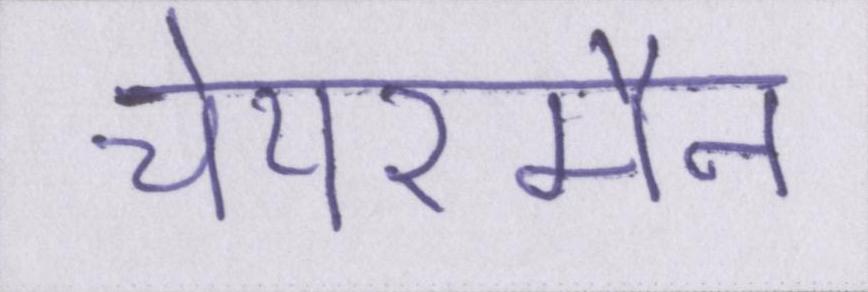
चेयरमैन